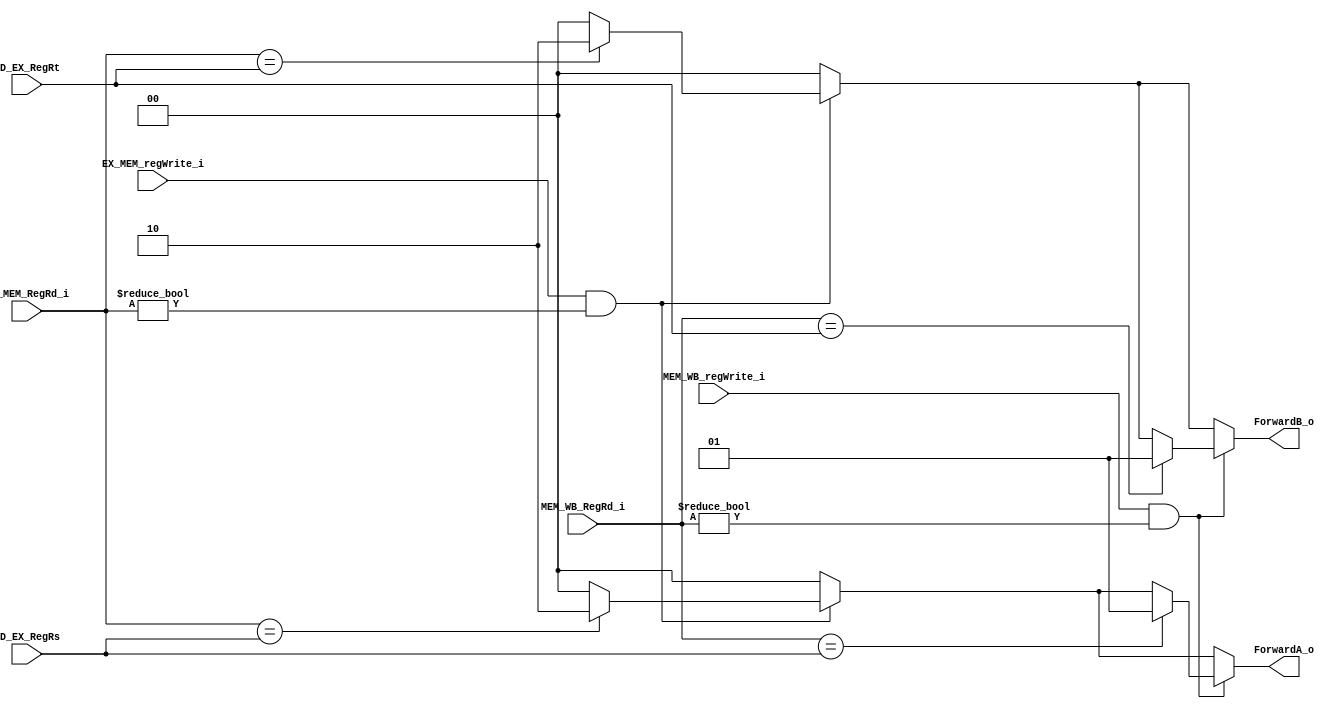
module ForwardingUnit(
	ID_EX_RegRs,
	ID_EX_RegRt,
	EX_MEM_regWrite_i,
	EX_MEM_RegRd_i,
	MEM_WB_regWrite_i,
	MEM_WB_RegRd_i,
	ForwardA_o,
	ForwardB_o
);

// UpperCase Reg Means Register, LowerCase reg Means Control Signal

input	[4:0]	ID_EX_RegRs, ID_EX_RegRt, EX_MEM_RegRd_i, MEM_WB_RegRd_i;
input			EX_MEM_regWrite_i, MEM_WB_regWrite_i;
output	[1:0]	ForwardA_o, ForwardB_o;

reg 	[1:0]	fa_temp, fb_temp;

assign			ForwardA_o = fa_temp;
assign			ForwardB_o = fb_temp;

always@	(*)	begin
	// init
	fa_temp = 0;
	fb_temp = 0;
	
	// for EX Hazard
	if( EX_MEM_regWrite_i && EX_MEM_RegRd_i != 0 )	begin
		if( EX_MEM_RegRd_i == ID_EX_RegRs )	begin
			fa_temp = 2'b10;
		end if( EX_MEM_RegRd_i == ID_EX_RegRt )	begin
			fb_temp = 2'b10;
		end
	end

	// for MEM Hazard
	if( MEM_WB_regWrite_i && MEM_WB_RegRd_i != 0 )	begin
		if( MEM_WB_RegRd_i == ID_EX_RegRs )	begin
			fa_temp = 2'b01;
		end if( MEM_WB_RegRd_i == ID_EX_RegRt )	begin
			fb_temp = 2'b01;
		end
	end
end

endmodule